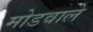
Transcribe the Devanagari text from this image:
मोडवाले